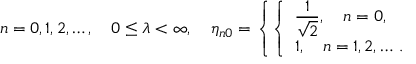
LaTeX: n = 0 , 1 , 2 , \ldots , \quad 0 \leq \lambda < \infty , \quad \eta _ { n 0 } = \left\{ \left\{ \begin{array} { l l } { { \frac { { \displaystyle 1 } } { { \displaystyle \sqrt 2 } } , \quad n = 0 , } } \\ { { 1 , \quad n = 1 , 2 , \ldots \, . } } \end{array} \right. \right.